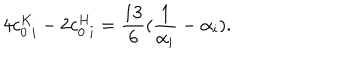
4 c _ { 0 \ i } ^ { K } - 2 c _ { 0 \ i } ^ { H } = { \frac { 1 3 } { 6 } } ( { \frac { 1 } { \alpha _ { i } } } - \alpha _ { i } ) .